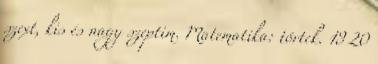
szext, kis és nagy szeptim. Matematika: törtek. 19 20